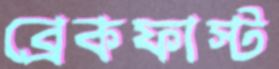
ব্রেকফাস্ট